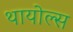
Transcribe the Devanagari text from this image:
थायोल्स